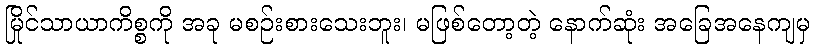
မြိုင်သာယာကိစ္စကို အခု မစဉ်းစားသေးဘူး၊ မဖြစ်တော့တဲ့ နောက်ဆုံး အခြေအနေကျမှ